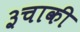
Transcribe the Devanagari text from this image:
३चाकी